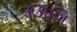
ગિગિ